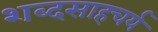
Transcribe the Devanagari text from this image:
शब्दसाहचर्य